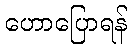
ဟောပြောရန်